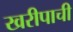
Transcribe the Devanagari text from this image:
खरीपाची